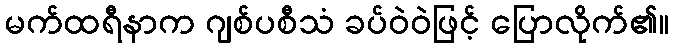
မက်ထရီနာက ဂျစ်ပစီသံ ခပ်ဝဲဝဲဖြင့် ပြောလိုက်၏။